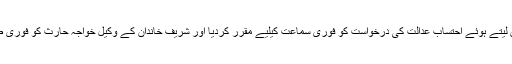
سپریم کورٹ نے ایکشن لیتے ہوئے احتساب عدالت کی درخواست کو فوری سماعت کیلیے مقرر کردیا اور شریف خاندان کے وکیل خواجہ حارث کو فوری طور پر طلب کر لیا ہے۔